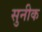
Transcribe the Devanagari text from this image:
सुनीक